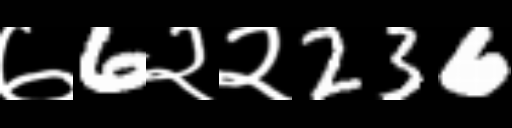
Text: ७6२२236